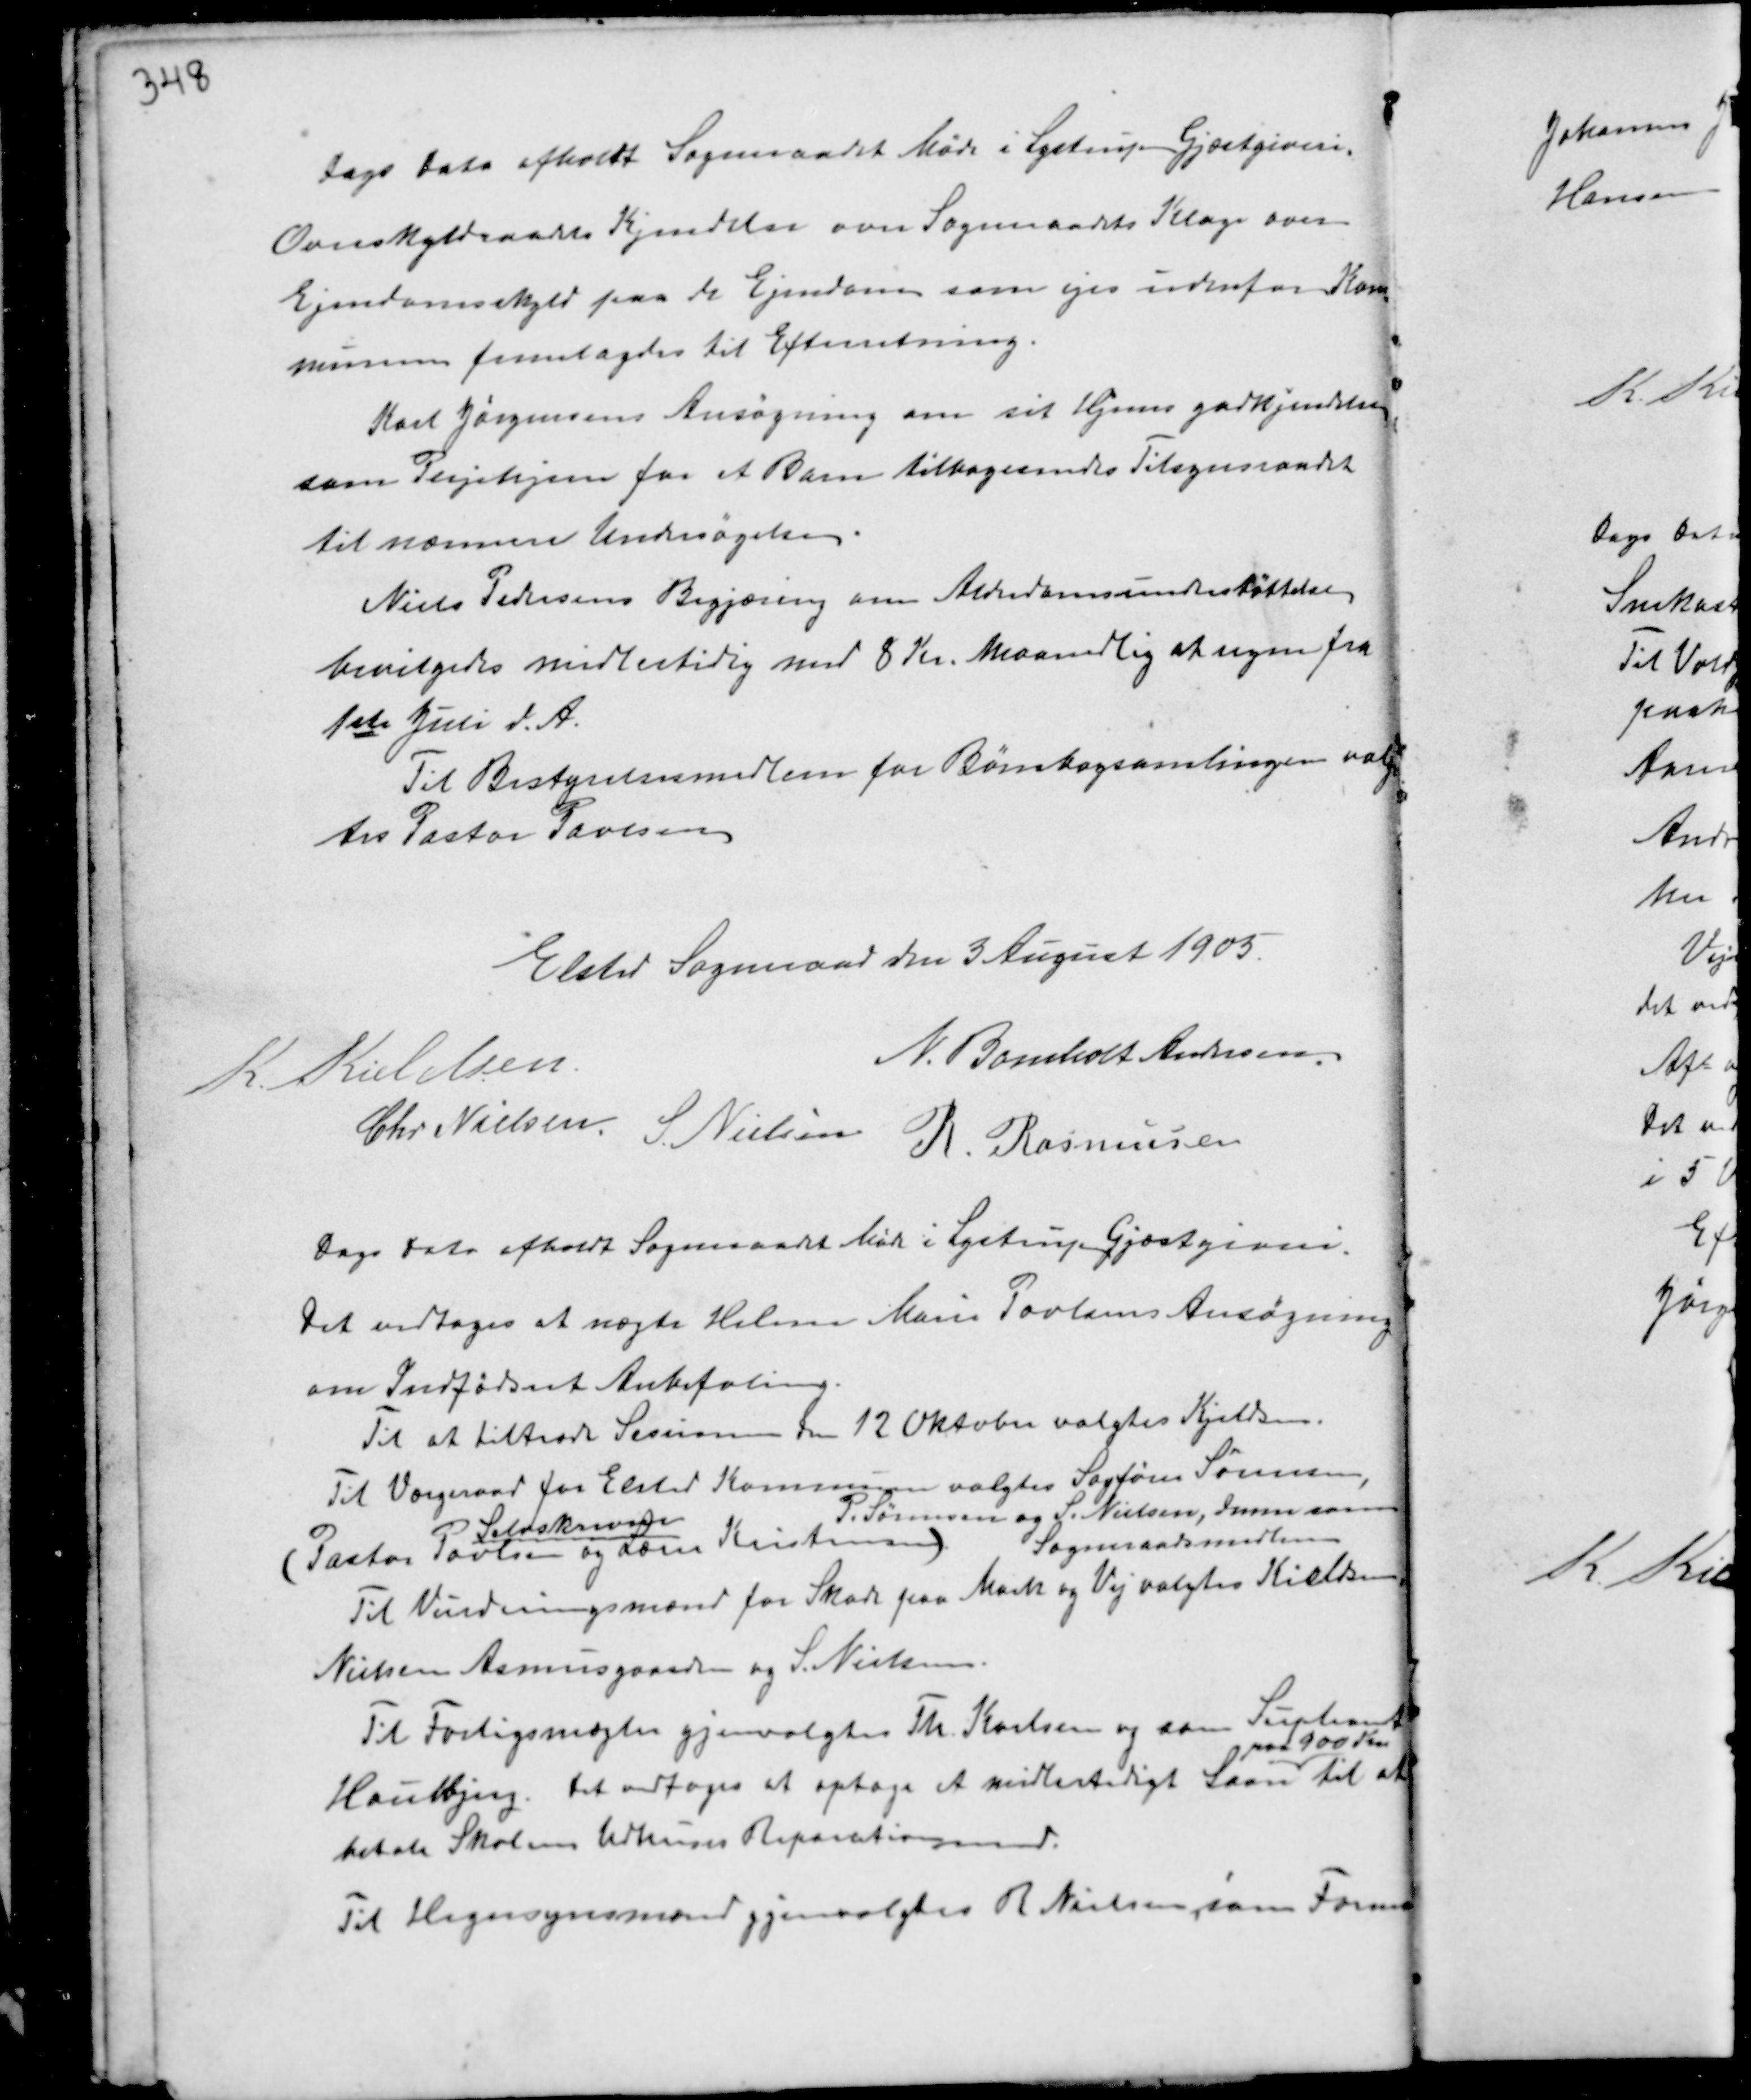
Transskription:
Dags Dato afholdt Sogneraadet Møde i Lystrup Gjæstgiveri.
Overskyldsraadets Kjendelse over Sogneraadets Klage over
Ejendomsskyld paa de Ejendom som ejes indenfor Kom-
munen fremlagdes til Efterretning.
Karl Jørgensens Ansøgning om sit Hjems godkjendelse
som Plejehjem for et Barn tilbagesendes Tilsynsraadet
til nærmere Undersøgelse.
Niels Pedersens Begjæring om Alderdomsunderstøttelse
bevilgedes midlertidig med 8 Kr. Maanedlig at regne fra
1ste Juli d.A.
Til Bestyrelsesmedlem for Børnbogsamlingen valg-
tes Pastor Povlsen

Elsted Sogneraad den 3 August 1905.
K. Kieldsen
N. Bomholt Andersen
Chr Nielsen S. Nielsen R Rasmussen

Dags Dato afholdt Sogneraadet Møde i Lystrup Gjæstgiveri.
Det vedtoges at nægte Helene Marie Poulsens Ansøgning
om Indfødsret Anbefaling.
Til at tiltræde Session den 12 Oktober valgtes Kjeldsen.
Til Værgeraad for Elsted Kommune valgtes Sagfører Sørensen,
(Pastor Povlsen
Selvskreven
og Lærer Kristensen)
P. Sørensen og S. Nielsen, denne som
Sogneraadsmedlem
Til Vurderingsmand for Skade paa Mark og Vej valgtes Kieldsen,
Nielsen Asmusgaard og S. Nielsen.
Til Forligsmægler gjenvalgtes Th. Karlsen og som Supleant
Haulbjerg. Det vedtoges at optage et midlertidigt Laan
paa 900 Kr.
til at
betale Skolens Udhuses Reparationsmand.
Til Hegnsynsmænd gjenvalgtes R Nielsen, som Form-